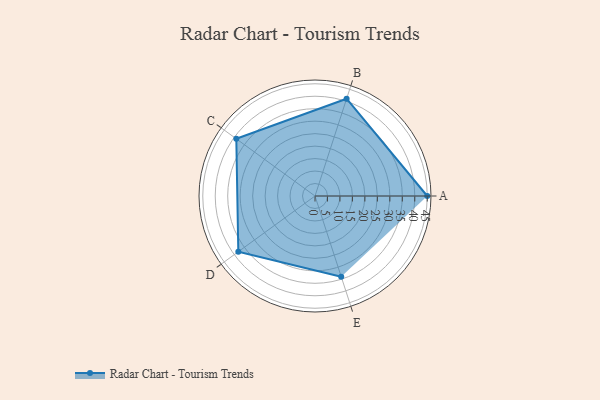
{"axis": {"x": "Skill", "y": "Score"}, "legend": ["Profile"], "data": [{"x": "A", "y": 45.0, "type": "Profile"}, {"x": "B", "y": 41.0, "type": "Profile"}, {"x": "C", "y": 39.0, "type": "Profile"}, {"x": "D", "y": 38.0, "type": "Profile"}, {"x": "E", "y": 34.0, "type": "Profile"}]}